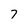
Character: 7